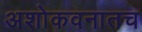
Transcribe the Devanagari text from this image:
अशोकवनातच